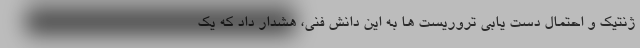
ژنتیک و احتمال دست یابی تروریست ها به این دانش فنی، هشدار داد که یک